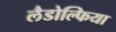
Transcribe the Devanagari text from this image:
लैडोल्फिया